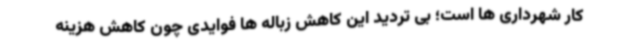
کار شهرداری ها است؛ بی تردید این کاهش زباله ها فوایدی چون کاهش هزینه